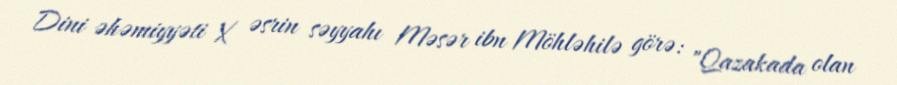
Dini əhəmiyyəti X əsrin səyyahı Məsər ibn Möhləhilə görə: "Qazakada olan